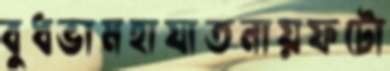
বুধভামহাযাতনায়ফটো